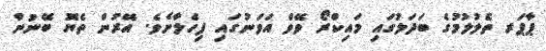
ޕާޕަރ ތެލުލުމުގެ ބަދަލުގައި މައިކްރޯ ވޭވް އަވަނުގައި ފިހެލާށެވެ. އޭރުން ތެޔޮ ބޭނުން